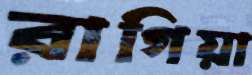
রাগিয়া